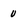
Character: 0